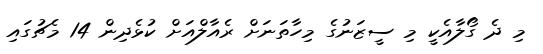
މި ދެ ގޯލާއެކީ މި ސީޒަނުގެ މިހާތަނަށް ރެއާލްއަށް ކުޅެދިން 14 މެޗުގައި